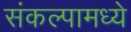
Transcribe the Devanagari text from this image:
संकल्पामध्ये